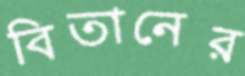
বিতানের